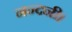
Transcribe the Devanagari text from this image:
नन्दनी।